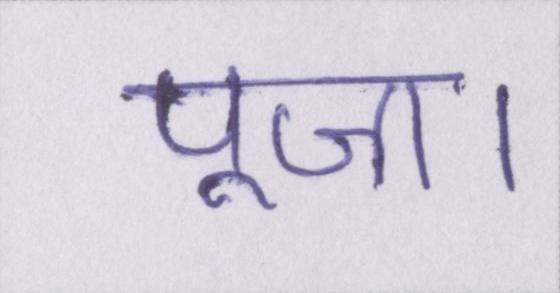
पूजा